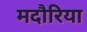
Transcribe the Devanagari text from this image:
मदौरिया